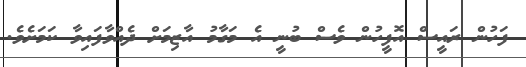
ފަހުން ރައީސް އޮފީހުން ވެސް ބުނީ އެ މަގާމު އާޒިމަށް ދެއްވާފައިވާ ކަމަށެވެ.